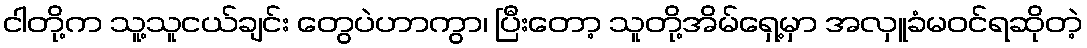
ငါတို့က သူ့သူငယ်ချင်း တွေပဲဟာကွာ၊ ပြီးတော့ သူတို့အိမ်ရှေ့မှာ အလှူခံမဝင်ရဆိုတဲ့